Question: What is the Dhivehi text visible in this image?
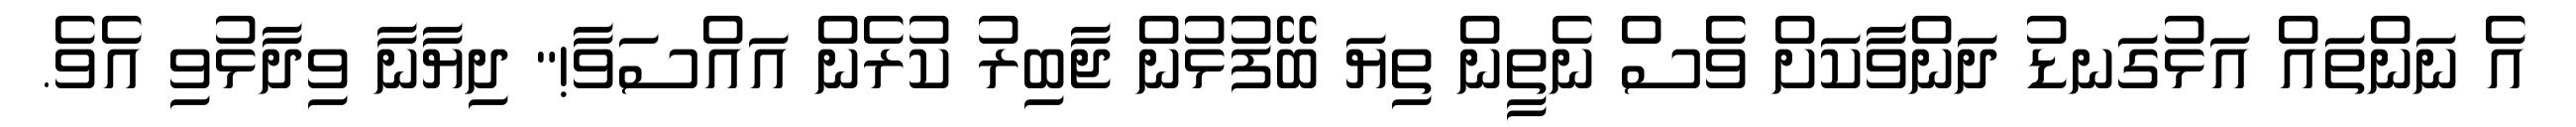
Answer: އެ ނަންތައް އަޅުގަނޑު ދަންވާކަށް ވެސް ނެތީން ތިޔަ ބޭފުޅުން ޖާބިރު ކުރެން އައްސަވާ!" ދިޔާނާ ވިދާޅުވި އެވެ.